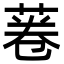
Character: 菤